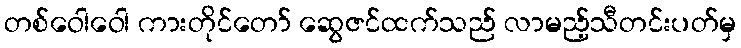
တစ်ဝေါဝေါ ကားတိုင်တော် ဆွေဇင်ထက်သည် လာမည့်သီတင်းပတ်မှ